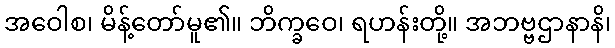
အဝေါစ၊ မိန့်တော်မူ၏။ ဘိက္ခဝေ၊ ရဟန်းတို့။ အဘဗ္ဗဌာနာနိ၊